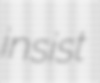
insist